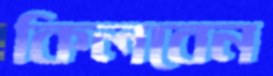
কিলবেন